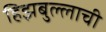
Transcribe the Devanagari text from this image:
हिझबुल्लाची